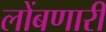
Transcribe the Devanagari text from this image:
लोंबणारी